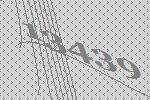
13439